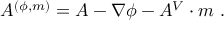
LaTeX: A ^ { ( \phi , m ) } = A - \nabla \phi - A ^ { V } \cdot m \ .